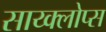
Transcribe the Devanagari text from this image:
साय्क्लोप्स